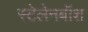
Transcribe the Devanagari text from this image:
स्टेलेनबॉश